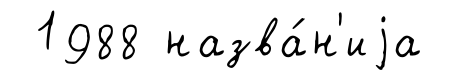
1988 назва́н'иjа